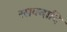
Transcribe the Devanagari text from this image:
रसवदादि